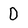
Character: D